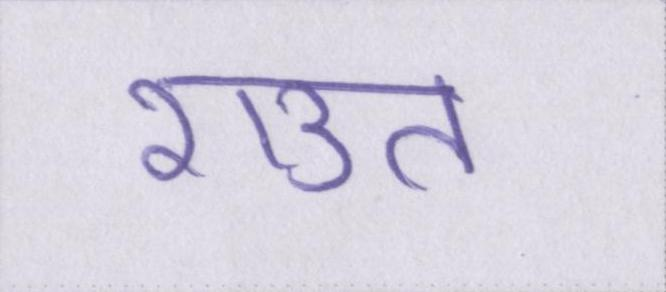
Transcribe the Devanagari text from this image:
राउत